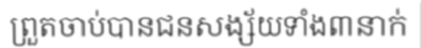
ព្រួតចាប់បានជនសង្ស័យទាំង៣នាក់